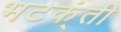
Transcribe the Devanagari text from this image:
भटक्ंती